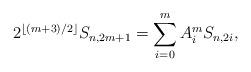
LaTeX: \begin{align*} 2^{\lfloor (m+3)/2\rfloor} S_{n,2m+1} = \sum\limits_{i=0}^m A_i^m S_{n,2i},\end{align*}